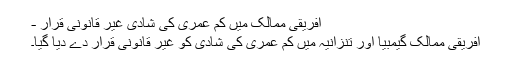
افریقی ممالک میں کم عمری کی شادی غیر قانونی قرار -
افریقی ممالک گیمبیا اور تنزانیہ میں کم عمری کی شادی کو غیر قانونی قرار دے دیا گیا۔